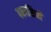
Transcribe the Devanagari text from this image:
पकासिनी